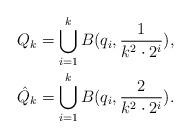
LaTeX: \begin{align*}Q_{k}&=\bigcup_{i=1}^{k} B(q_i,\frac{1}{k^2 \cdot 2^i}),\\{\hat Q}_{k}&=\bigcup_{i=1}^{k} B(q_i,\frac{2}{k^2 \cdot 2^i}).\end{align*}